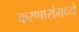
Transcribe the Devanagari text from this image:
करणारांमध्यें